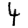
Digit: 4